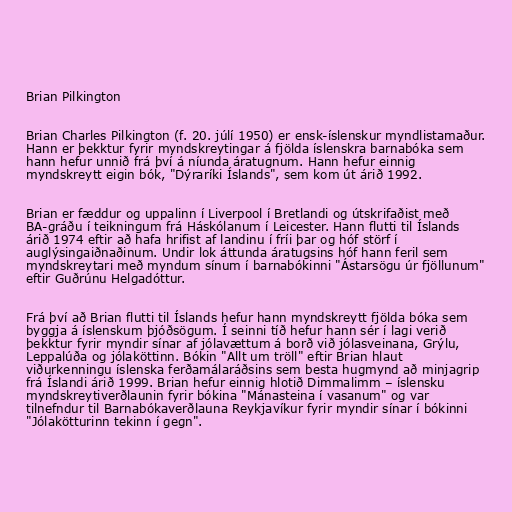
Brian Pilkington

Brian Charles Pilkington (f. 20. júlí 1950) er ensk-íslenskur myndlistamaður.
Hann er þekktur fyrir myndskreytingar á fjölda íslenskra barnabóka sem
hann hefur unnið frá því á níunda áratugnum. Hann hefur einnig
myndskreytt eigin bók, "Dýraríki Íslands", sem kom út árið 1992.

Brian er fæddur og uppalinn í Liverpool í Bretlandi og útskrifaðist með
BA-gráðu í teikningum frá Háskólanum í Leicester. Hann flutti til Íslands
árið 1974 eftir að hafa hrifist af landinu í fríi þar og hóf störf í
auglýsingaiðnaðinum. Undir lok áttunda áratugsins hóf hann feril sem
myndskreytari með myndum sínum í barnabókinni "Ástarsögu úr fjöllunum"
eftir Guðrúnu Helgadóttur.

Frá því að Brian flutti til Íslands hefur hann myndskreytt fjölda bóka sem
byggja á íslenskum þjóðsögum. Í seinni tíð hefur hann sér í lagi verið
þekktur fyrir myndir sínar af jólavættum á borð við jólasveinana, Grýlu,
Leppalúða og jólaköttinn. Bókin "Allt um tröll" eftir Brian hlaut
viðurkenningu íslenska ferðamálaráðsins sem besta hugmynd að minjagrip
frá Íslandi árið 1999. Brian hefur einnig hlotið Dimmalimm – íslensku
myndskreytiverðlaunin fyrir bókina "Mánasteina í vasanum" og var
tilnefndur til Barnabókaverðlauna Reykjavíkur fyrir myndir sínar í bókinni
"Jólakötturinn tekinn í gegn".